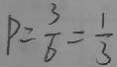
P = \frac { 3 } { 6 } = \frac { 1 } { 3 }